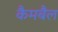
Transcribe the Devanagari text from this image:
कैमबैल